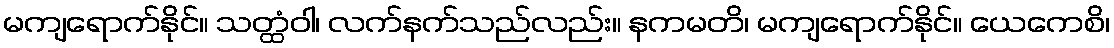
မကျရောက်နိုင်။ သတ္ထံဝါ၊ လက်နက်သည်လည်း။ နကမတိ၊ မကျရောက်နိုင်။ ယေကေစိ၊